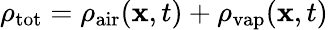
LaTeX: \rho_{\mathrm{tot}}=\rho_{\mathrm{air}}(\mathbf x,t)+\rho_{\mathrm{vap}}(\mathbf x,t)